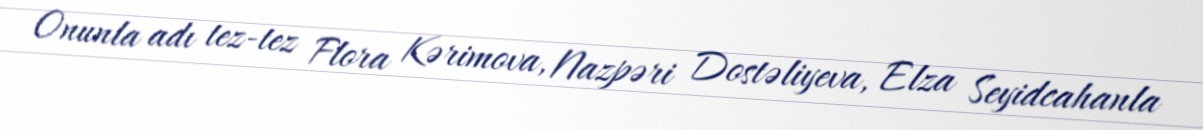
Onunla adı tez-tez Flora Kərimova, Nazpəri Dostəliyeva, Elza Seyidcahanla